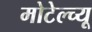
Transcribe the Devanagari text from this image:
मोटेल्च्यू